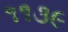
૧૧૩૯